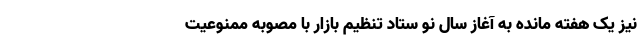
نیز یک هفته مانده به آغاز سال نو ستاد تنظیم بازار با مصوبه ممنوعیت